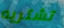
تشتريه